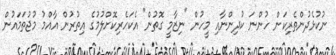
ނުކުޅެދުންތެރިކަން ހުންނަ ކުދިންނާއި މީހުން "ނިޒާމީ ގޮތުން" އެކަހެރިކޮށްލުމުގެ އިތުރުން އާއްމު މުޖުތަމައުން